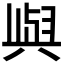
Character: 𫤰